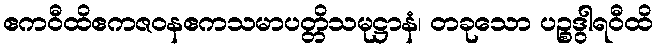
ဧကဝီထိဧကဇဝနဧကသမာပတ္တိသမုဋ္ဌာနံ၊ တခုသော ပဉ္စဒွါရဝီထိ